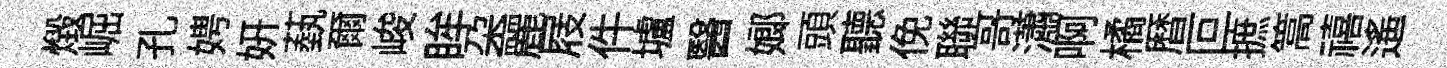
燬崛孔娉妍蓺爾峻眸朶麗屐件壚醫嫏頭聽俛聯哥瀟啊橘暦叵摭篙禧遙